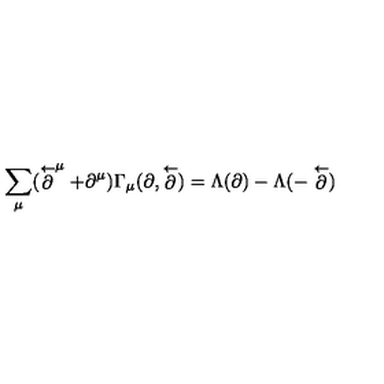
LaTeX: \sum _ { \mu } ( \stackrel { \leftarrow } { \partial } ^ { \mu } + \partial ^ { \mu } ) \Gamma _ { \mu } ( \partial , \stackrel { \leftarrow } { \partial } ) = \Lambda ( \partial ) - \Lambda ( - \stackrel { \leftarrow } { \partial } )